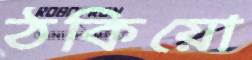
ঠকিয়ো